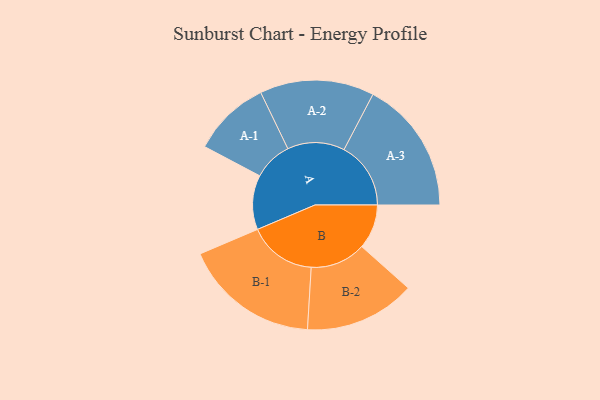
{"axis": {"x": "Segment", "y": "Value"}, "legend": ["", "A", "B"], "data": [{"x": "A", "y": 221, "type": ""}, {"x": "B", "y": 181, "type": ""}, {"x": "A-1", "y": 158, "type": "A"}, {"x": "A-2", "y": 232, "type": "A"}, {"x": "A-3", "y": 271, "type": "A"}, {"x": "B-1", "y": 276, "type": "B"}, {"x": "B-2", "y": 225, "type": "B"}]}